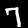
Label: 7